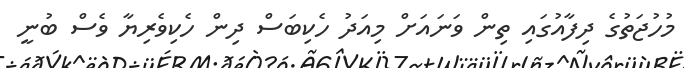
މުހުޖަތުގެ ދިފާއުގައި ތިން ވަނައަށް މިއަދު ހެކިބަސް ދިން ހެކިވެރިޔާ ވެސް ބުނީ